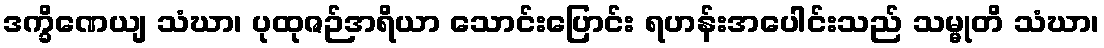
ဒက္ခိဏေယျ သံဃာ၊ ပုထုဇဉ်အရိယာ သောင်းပြောင်း ရဟန်းအပေါင်းသည် သမ္မုတိ သံဃာ၊